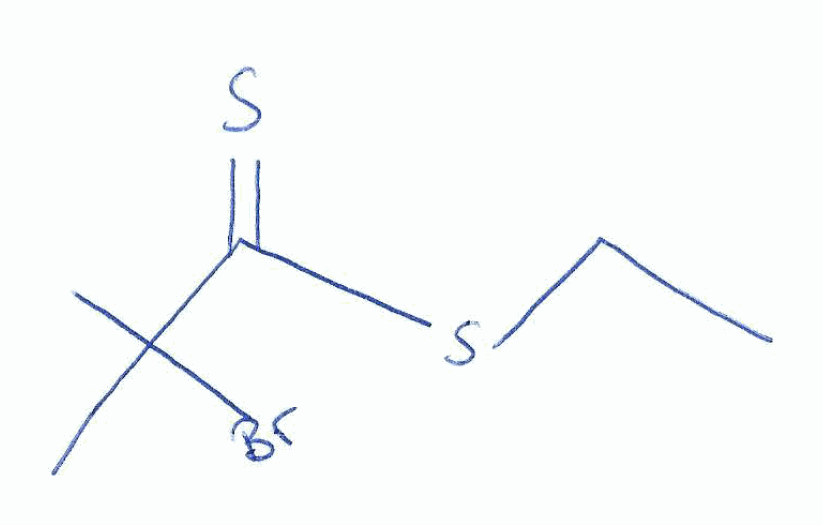
Simplified molecular-input line-entry system (SMILES) notation of the given molecule:
CCSC(=S)C(C)(C)Br